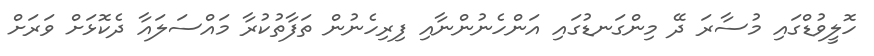
ހޮލީވުޑްގައި މުސާރަ ދޭ މިންގަނޑުގައި އަންހެނުންނާއި ފިރިހެނުން ތަފާތުކުރާ މައްސަލައާ ދެކޮޅަށް ވަރަށް